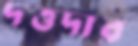
দত্তদার